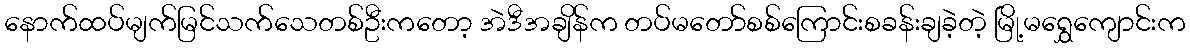
နောက်ထပ်မျက်မြင်သက်သေတစ်ဦးကတော့ အဲဒီအချိန်က တပ်မတော်စစ်ကြောင်းစခန်းချခဲ့တဲ့ မြို့မရွှေကျောင်းက